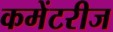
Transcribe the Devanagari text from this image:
कमेंटरीज